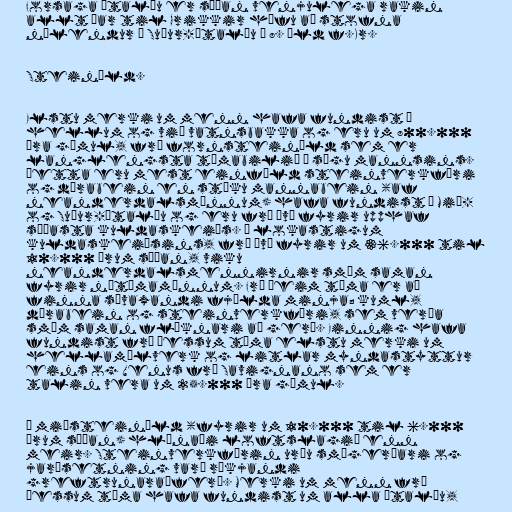
Forsaga Ítalíu er síðan venjulega rakin
allt þar til Grikkir hófu að stofna
nýlendur á Suður-Ítalíu á 8. öld f.Kr.

Steinöld.

Elstu merki um menn hafa fundist í
hellum og við vatnsbakka og eru um 800.000
ára gömul, frá fornsteinöld sem er
langlengsta tímabilið í sögu mannsins.
Þetta eru mest einföld steinverkfæri
og dýrabein en stöku mannabein (af
neanderdalsmönnum) hafa fundist á Mið-
og Suður-Ítalíu og eru frá því fyrir upphaf
síðasta kuldaskeiðs. Á lokastigum
kuldaskeiðsins, frá því fyrir um 36.000 til
10.000 árum síðan, viku
neanderdalsmennirnir smám saman
fyrir nútímamönnum. Frá þeim tíma er að
finna sívaxandi fjölda minja; kuml,
dýrabein og steinverkfæri, sem verða
smám saman flóknari að gerð. Einnig hafa
fundist frá þessum tíma elstu merki um
hellamálverk og litlar myndastyttur
eins og Venus frá Savignano sem er
talin vera um 25.000 ára gömul.

Á miðsteinöld (fyrir um 10.000 til 6.000
árum síðan) hlýnaði loftslagið enn
meir. Steinverkfærin urðu smágerðari og
jarðsetning varð ríkjandi
greftrunaraðferð. Merki um menn frá
þessum tíma hafa fundist um alla Ítalíu,